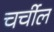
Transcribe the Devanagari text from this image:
चर्चील